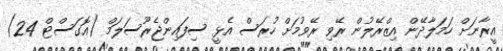
އީރާނަށް ހަމަލާދޭން އިޒްރޭލުން ރޭވި ރޭވުމަށް ހުރަސް އެޅީ ސިފައިންޖެރޫސަލަމް (އޮގަސްޓް 24)